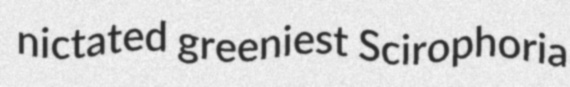
nictated greeniest Scirophoria